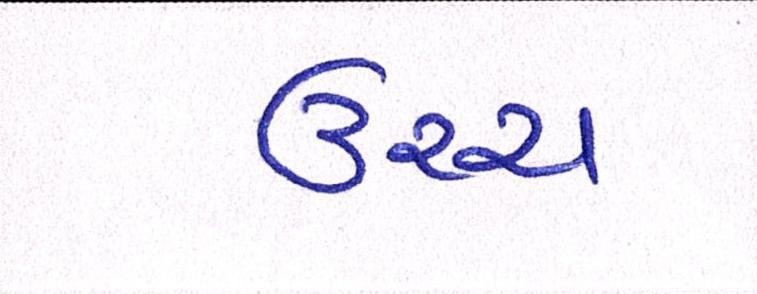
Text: ઉચ્ચ